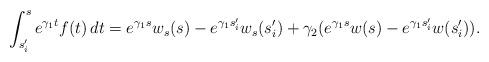
LaTeX: \begin{align*}\int_{s_i'}^se^{\gamma_1t}f(t)\,dt=e^{\gamma_1s}w_s(s)-e^{\gamma_1s_i'}w_s(s_i')+\gamma_2(e^{\gamma_1s}w(s)-e^{\gamma_1s_i'}w(s_i')).\end{align*}